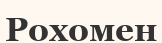
Рохомен